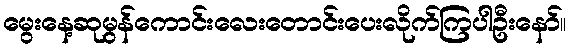
မွေးနေ့ဆုမွန်ကောင်းလေးတောင်းပေးလိုက်ကြပါဦးနော်။